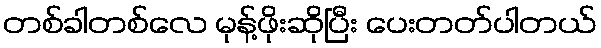
တစ်ခါတစ်လေ မုန့်ဖိုးဆိုပြီး ပေးတတ်ပါတယ်